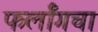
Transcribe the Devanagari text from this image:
फर्लाँगचा